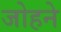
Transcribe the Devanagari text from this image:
जोहने